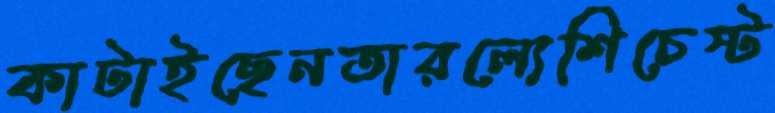
কাটাইছেনতারল্যেশিচেস্ট